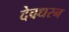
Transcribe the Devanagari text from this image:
देवधरन